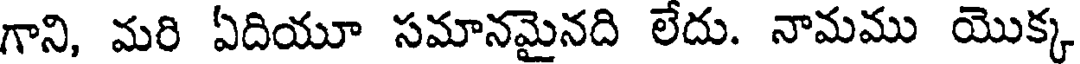
గాని, మరి ఏదియూ సమానమైనది లేదు. నామము యొక్క